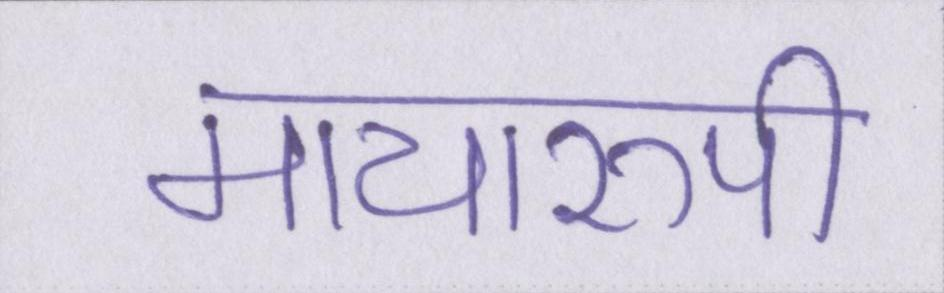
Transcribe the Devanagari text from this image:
मायारुपी